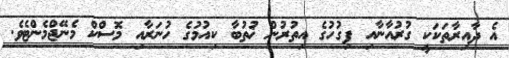
އެ ދާއިރާތަކަކީ ގުރުއާނާއި ފިގުހުގެ އިތުރުން ޚުތުބާ ކިއުމުގެ ހުނަރާއި މޮސްކް މެނޭޖްމެންޓެވެ.